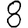
Digit: 8